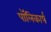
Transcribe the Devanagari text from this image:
पॉलिकार्प